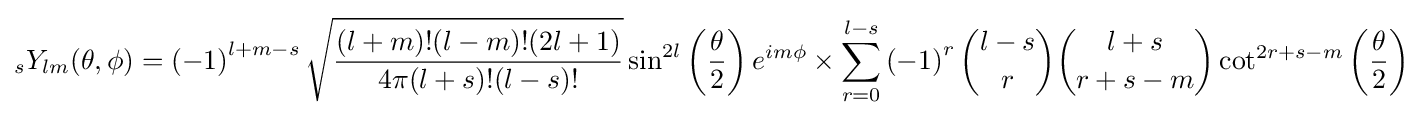
{}_{s}Y_{lm}(\theta ,\phi )=\left(-1\right)^{l+m-s}{\sqrt {\frac {(l+m)!(l-m)!(2l+1)}{4\pi (l+s)!(l-s)!}}}\sin ^{2l}\left({\frac {\theta }{2}}\right)e^{im\phi }\times \sum _{r=0}^{l-s}\left(-1\right)^{r}{l-s \choose r}{l+s \choose r+s-m}\cot ^{2r+s-m}\left({\frac {\theta }{2}}\right)